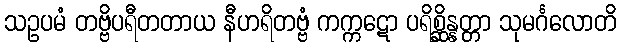
သဥပမံ တဗ္ဗိပရီတတာယ နီဟရိတဗ္ဗံ ကက္ကဋော ပရိစ္ဆိန္နတ္တာ သုမင်္ဂလောတိ